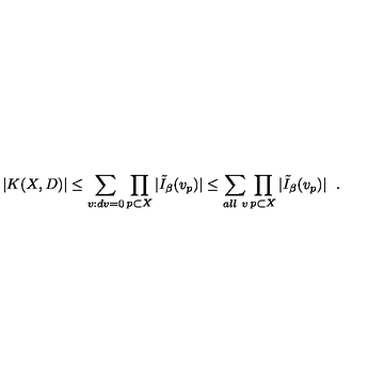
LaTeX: \left. | K ( X , D ) | \leq \sum _ { v : d v = 0 } \prod _ { p \subset X } | \tilde { I } _ { \beta } ( v _ { p } ) | \leq \sum _ { a l l \ v } \prod _ { p \subset X } | \tilde { I } _ { \beta } ( v _ { p } ) | \right. \ .